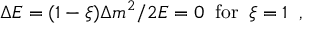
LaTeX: \Delta E = ( 1 - \xi ) \Delta m ^ { 2 } / 2 E = 0 \; \; \mathrm { f o r } \; \; \xi = 1 \; \; ,